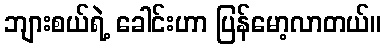
ဘျားစယ်ရဲ့ ခေါင်းဟာ ပြန်မော့လာတယ်။